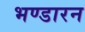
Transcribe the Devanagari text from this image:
भण्डारन